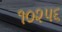
૧૦૨૫૬